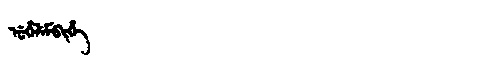
Manchu: ᡠᡥᡝᠯᡝᠮᠪᡳᡥᡝ
Romanization: UHELEMBIHE